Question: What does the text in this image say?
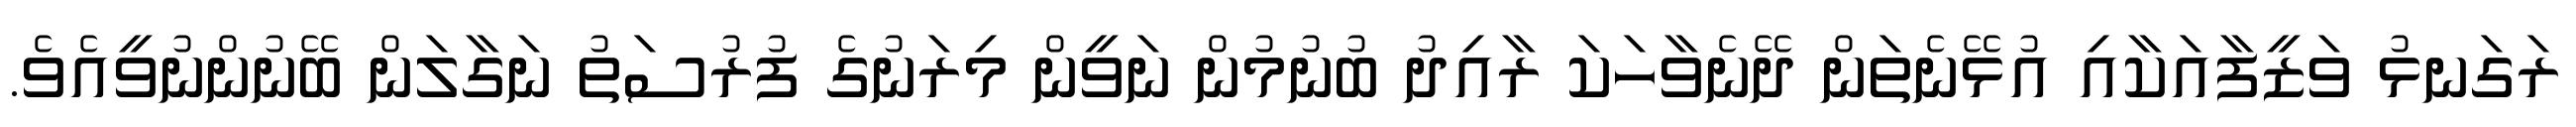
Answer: ރަގަނޅު ވަޒީފާއަކާއި އުޅޭނެތަން ދޭނެވާހަކަ ރާއިދު ބުނުމުން ނަވީން މިރަނުގެ ފުރުސަތު ނަގާލަން ބޭނުންނުވީއެވެ.